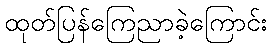
ထုတ်ပြန်ကြေညာခဲ့ကြောင်း